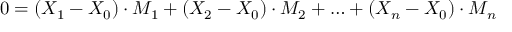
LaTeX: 0 = ( X _ { 1 } - X _ { 0 } ) \cdot M _ { 1 } + ( X _ { 2 } - X _ { 0 } ) \cdot M _ { 2 } + \ldots + ( X _ { n } - X _ { 0 } ) \cdot M _ { n }